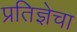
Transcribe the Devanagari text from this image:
प्रतिज्ञेचा